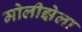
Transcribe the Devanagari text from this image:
मोलीझेला